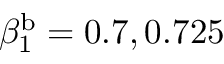
\beta _ { 1 } ^ { \mathrm { b } } = 0 . 7 , 0 . 7 2 5